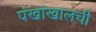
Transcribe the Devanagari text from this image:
पंखांखालची